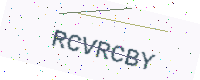
Text: RCVRCBY